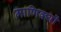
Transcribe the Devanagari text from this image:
माणिक्यों